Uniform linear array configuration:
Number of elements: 24
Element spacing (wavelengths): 0.5
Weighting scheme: hamming
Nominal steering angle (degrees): -15
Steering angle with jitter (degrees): -15.227
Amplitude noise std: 0.05
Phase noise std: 0.05

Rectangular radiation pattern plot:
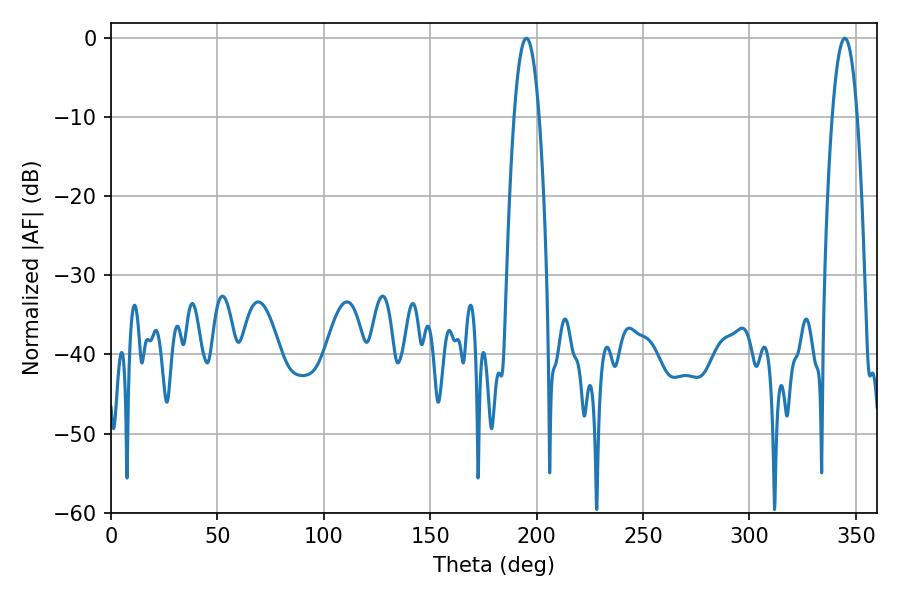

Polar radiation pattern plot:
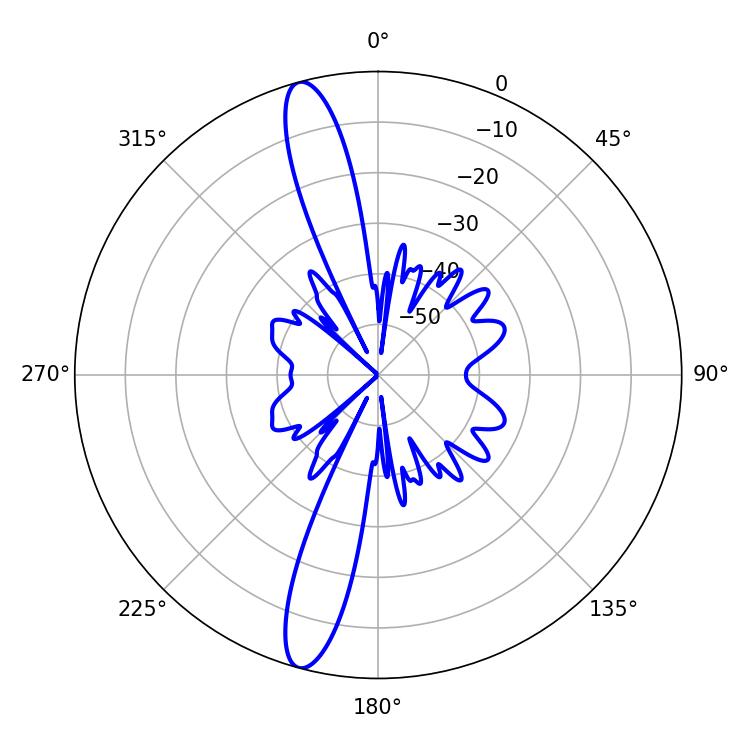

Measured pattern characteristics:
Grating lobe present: FALSE
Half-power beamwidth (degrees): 6.48
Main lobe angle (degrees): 195.12